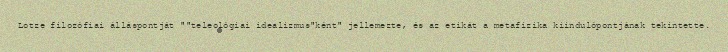
Lotze filozófiai álláspontját ""teleológiai idealizmus"ként" jellemezte, és az etikát a metafizika kiindulópontjának tekintette.